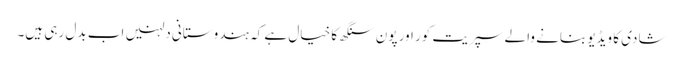
شادی کا ویڈیو بنانے والے سپریت کور اور پون سنگھ کا خیال ہے کہ ہندوستانی دلہنیں اب بدل رہی ہیں۔